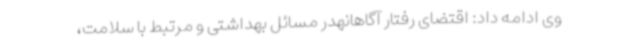
وی ادامه داد: اقتضای رفتار آگاهانهدر مسائل بهداشتی و مرتبط با سلامت،